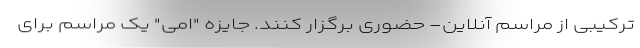
ترکیبی از مراسم آنلاین- حضوری برگزار کنند. جایزه "اِمی" یک مراسم برای